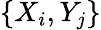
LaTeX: \{ X_{i},Y_{j}\}